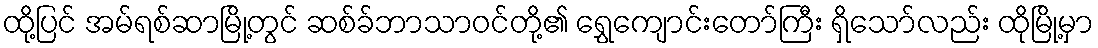
ထို့ပြင် အမ်ရစ်ဆာမြို့တွင် ဆစ်ခ်ဘာသာဝင်တို့၏ ရွှေကျောင်းတော်ကြီး ရှိသော်လည်း ထိုမြို့မှာ